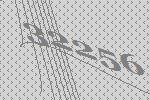
32256